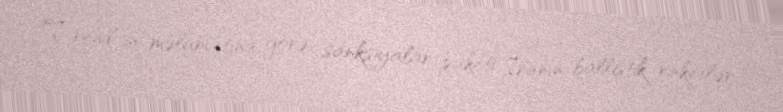
Trend-in məlumatına görə, sanksiyalar paketi İranın ballistik raketlər